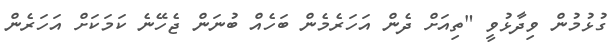
ގުޅުމުން ވިދާޅުވީ "ތިއަށް ދެން އަހަރެމެން ބަހެއް ބުނަން ޖެހޭނެ ކަމަކަށް އަހަރެން